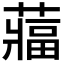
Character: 𮑻